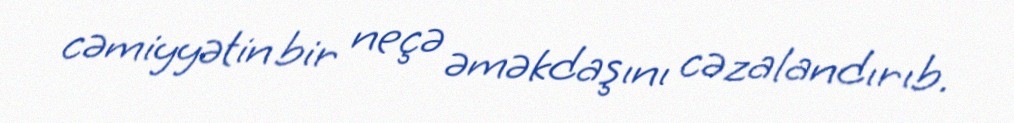
cəmiyyətin bir neçə əməkdaşını cəzalandırıb.